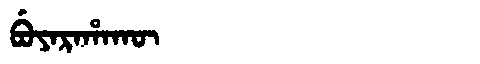
Manchu: ᠪᡠᠶᠠᡵᠠᡥᠠᡴᡡ
Romanization: BUYARAHAKŪ